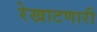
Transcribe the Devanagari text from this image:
रेखाटणारी